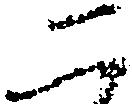
二